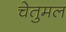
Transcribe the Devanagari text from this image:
चेतुमल